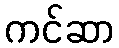
ကင်ဆာ